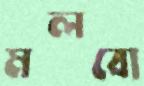
মলবো